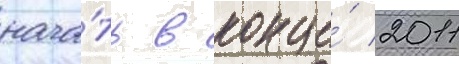
нача́ть в конце́ 2011